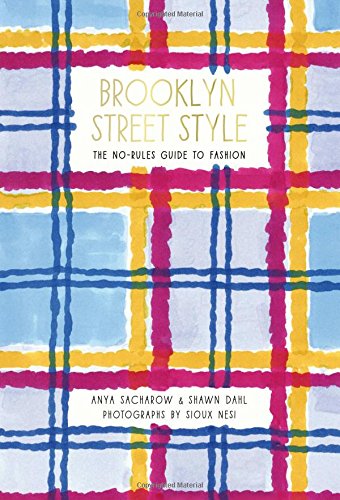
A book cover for Brooklyn Street Style: The No-Rules Guide to Fashion; Anya Sacharow; Humor & Entertainment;